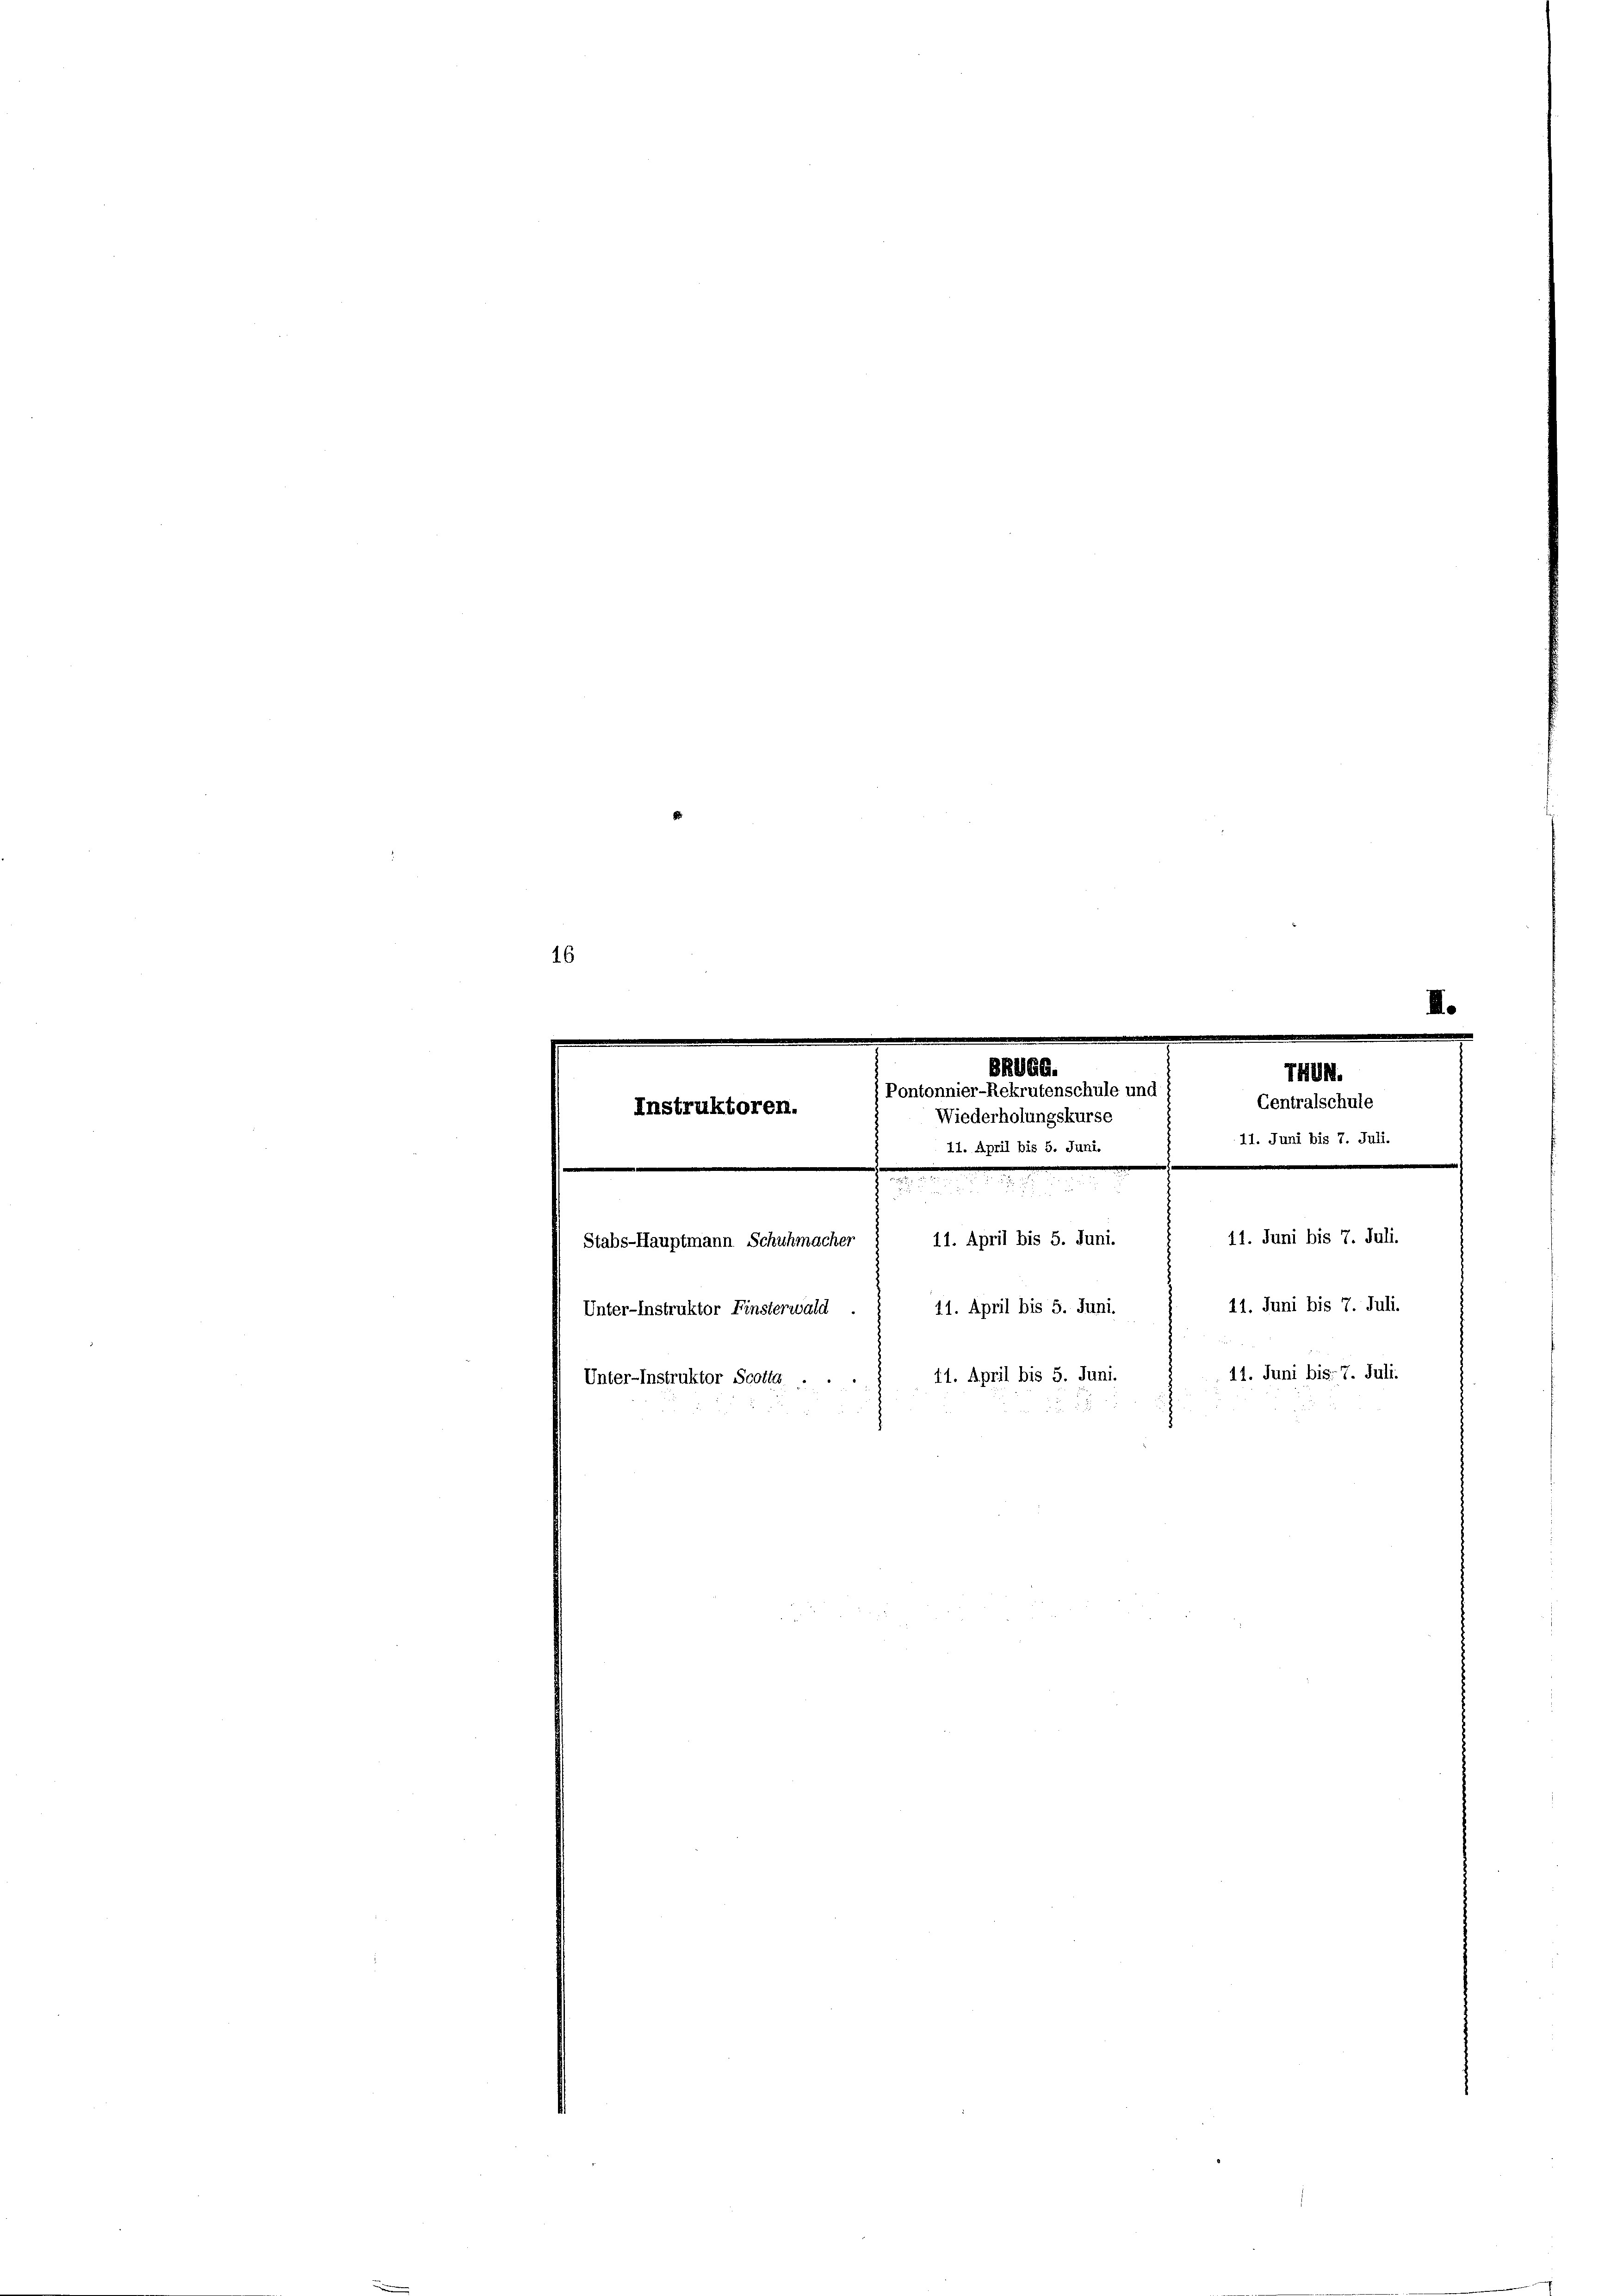
16
BRUGG.

THUN.
Pontonnier-Rekrutenschule und
e
Wiederholungskurse  Centralschule
Instruktoren.
11. Juni bis 7. Juli.
11. April bis 5. Juni.
e
.
.
e
m
11. Juni bis 7. Juli.
11. April bis 5. Juni.
Stabs-Hauptmann Schuhmacher
11. Juni bis 7. Juli.
11. April bis 5. Juni.
Unter-Instruktor Finsterwald
11. Juni bis 7. Juli.
11. April bis 5. Juni.
Unter-Instruktor Scotta

II.